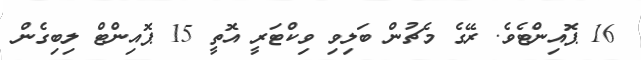
16 ޕޮއިންޓެވެ. ރޭގެ މެޗުން ބަލިވި ވިކްޓަރީ އޮތީ 15 ޕޮއިންޓް ލިބިގެން